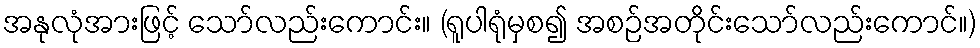
အနုလုံအားဖြင့် သော်လည်းကောင်း။ (ရူပါရုံမှစ၍ အစဉ်အတိုင်းသော်လည်းကောင်။)